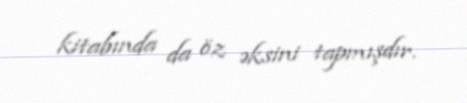
kitabında da öz əksini tapmışdır.